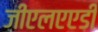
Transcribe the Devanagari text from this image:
जीएलएएडी